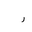
Letter: _ra